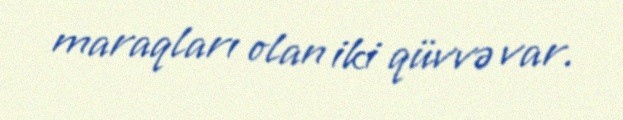
maraqları olan iki qüvvə var.